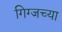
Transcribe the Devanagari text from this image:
गिग्जच्या